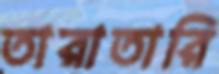
তারাতারি